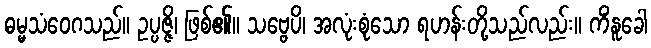
ဓမ္မသံဝေဂသည်။ ဥပ္ပဇ္ဇိ၊ ဖြစ်၏။ သဗ္ဗေပိ၊ အလုံးစုံသော ရဟန်းတို့သည်လည်း။ ကိံနူခေါ